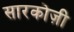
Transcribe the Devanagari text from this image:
सारकोज़ी